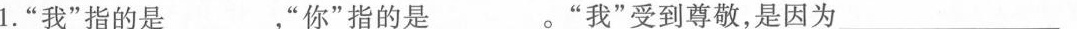
1"我”指的是_______，”你”指的是______。”我”受到尊敬，是因为______